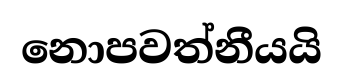
නොපවත්නීයයි